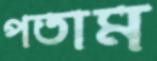
পতাম